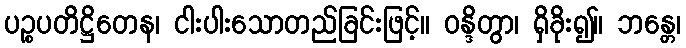
ပဉ္စပတိဋ္ဌိတေန၊ ငါးပါးသောတည်ခြင်းဖြင့်။ ဝန္ဒိတွာ၊ ရှိခိုး၍။ ဘန္တေ၊